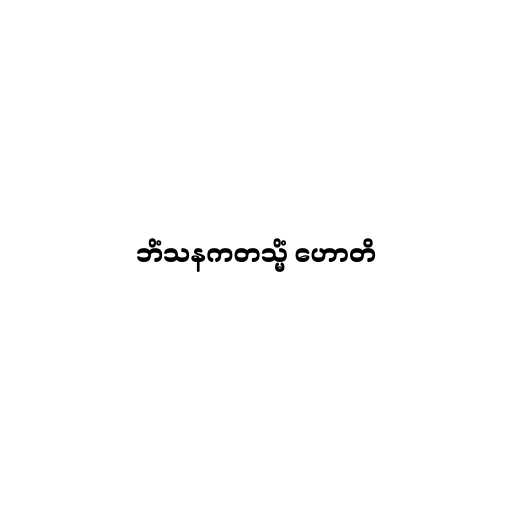
ဘိံသနကတသ္မိံ ဟောတိ